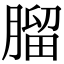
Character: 𦞧